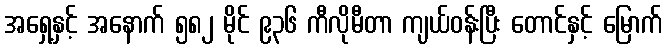
အရှေ့နှင့် အနောက် ၅၈၂ မိုင် ၉၃၆ ကီလိုမီတာ ကျယ်ဝန်းပြီး တောင်နှင့် မြောက်